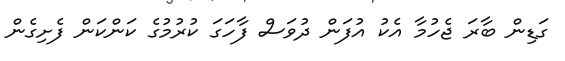
ގަޑިން ބާރަ ޖެހުމާ އެކު އުފަން ދުވަސް ފާހަގަ ކުރުމުގެ ކަންކަން ފެށިގެން